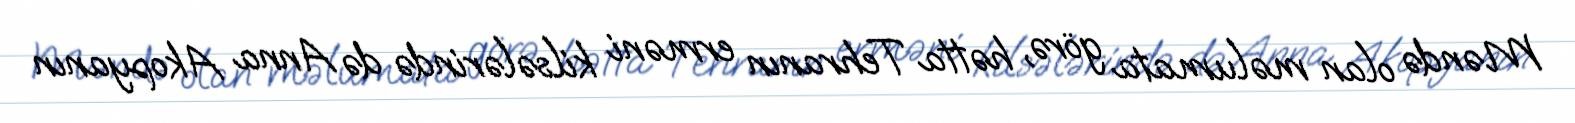
Məndə olan məlumata görə, hətta Tehranın erməni kilsələrində də Anna Akopyanın